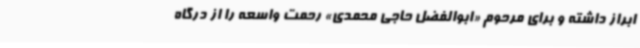
ابراز داشته و برای مرحوم «ابوالفضل حاجی محمدی» رحمت واسعه را از درگاه